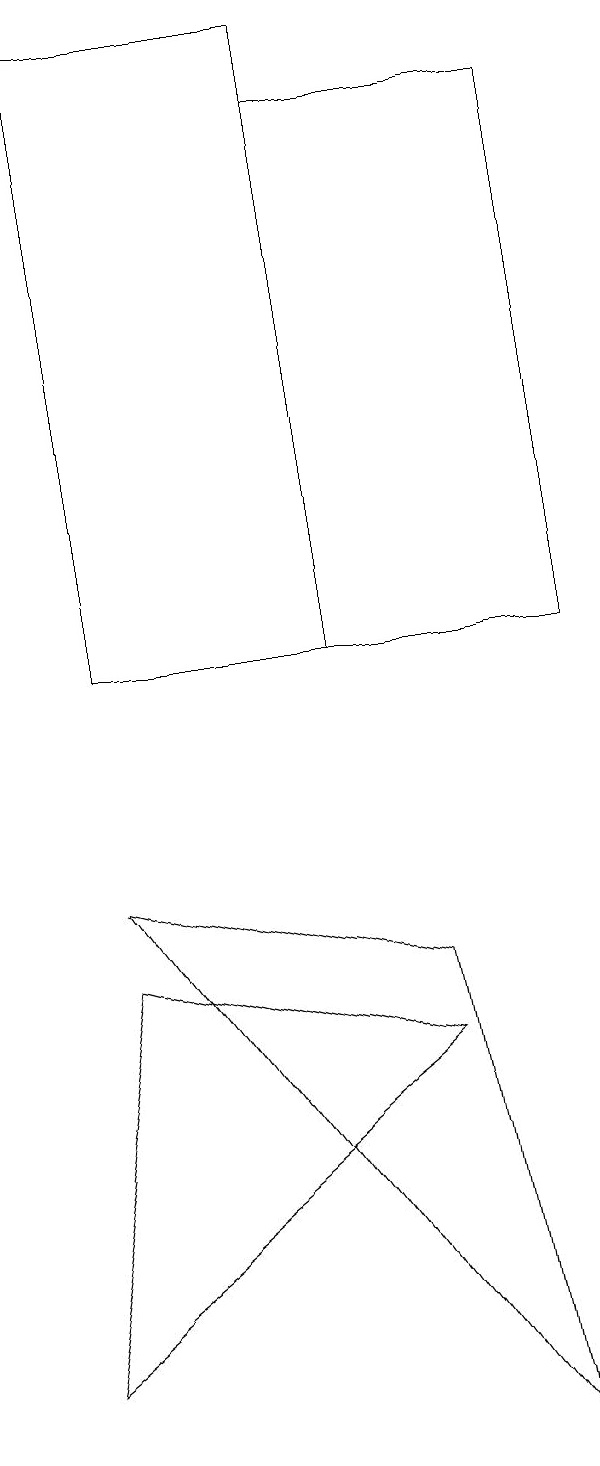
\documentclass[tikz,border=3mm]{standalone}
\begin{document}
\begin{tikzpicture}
\draw (1,7) -- (0,2) -- (5,6) -- cycle;
\draw (7,11) rectangle (4,18);
\draw (6,1) -- (1,8) -- (5,7) -- cycle;
\draw (1,19) rectangle (4,11);
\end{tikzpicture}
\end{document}